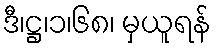
ဒီ၊ဋ္ဌ၊၁၊၆၈၊ မှယူရန်